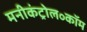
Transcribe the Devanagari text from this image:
मनीकंट्रोल॰कॉम